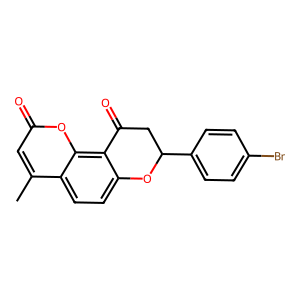
SMILES: Cc1cc(=O)oc2c3c(ccc12)OC(c1ccc(Br)cc1)CC3=O
Inhibits HIV replication: No